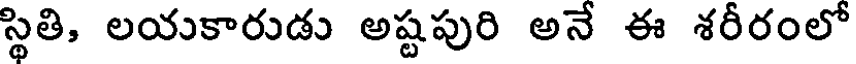
స్థితి, లయకారుడు అష్టపురి అనే ఈ శరీరంలో